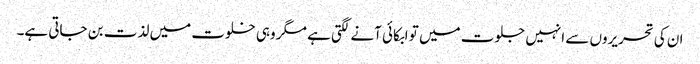
ان کی تحریروں سے انہیں جلوت میں تو ابکائی آنے لگتی ہے مگر وہی خلوت میں لذت بن جاتی ہے۔